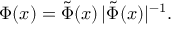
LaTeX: \Phi ( x ) = { \tilde { \Phi } ( x ) } \, { | \tilde { \Phi } ( x ) | ^ { - 1 } } .